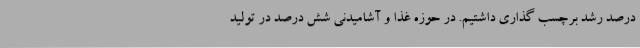
درصد رشد برچسب ‌گذاری داشتیم. در حوزه غذا و آشامیدنی شش درصد در تولید